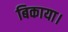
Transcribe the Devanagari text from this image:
बिकाया।